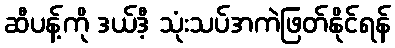
ဆီပန့်ကို ဒယ်ဒီ့ သုံးသပ်အကဲဖြတ်နိုင်ရန်